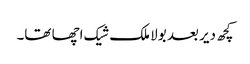
کچھ دیر بعد بولا ملک شیک اچھا تھا۔